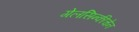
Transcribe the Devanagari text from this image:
गेलसिन्कीचेन